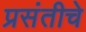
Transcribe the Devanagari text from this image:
प्रसंतीचे